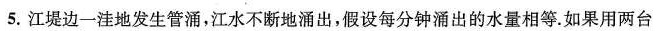
5.江堤边一洼地发生管涌，江水不断地涌出，假设每分钟涌出的水量相等.如果用两台